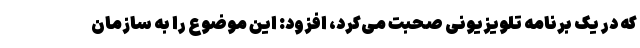
که در یک برنامه تلویزیونی صحبت می‌کرد، افزود: این موضوع را به سازمان